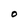
Character: O